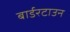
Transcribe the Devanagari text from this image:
बार्डरटाउन